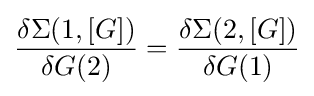
{\frac {\delta \Sigma (1,\left[G\right])}{\delta G(2)}}={\frac {\delta \Sigma (2,\left[G\right])}{\delta G(1)}}